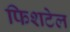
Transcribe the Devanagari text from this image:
फिशटेल